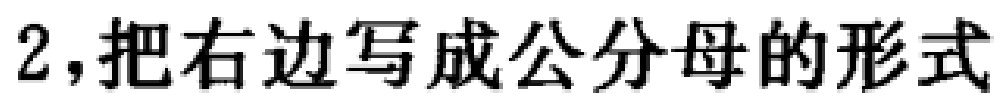
2,把右边写成公分母的形式